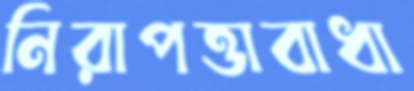
নিরাপত্তাবাধা